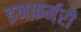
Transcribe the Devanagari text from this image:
इनफ़र्मरी